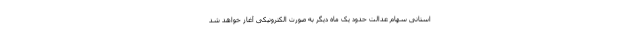
استانی سهام عدالت حدود یک ماه دیگر به صورت الکترونیکی آغاز خواهد شد